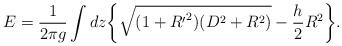
LaTeX: \begin{align*}E=\frac{1}{2\pi g}\int dz \bigg\{\sqrt{(1+{R^{\prime}}^2)(D^2+R^2)}-\frac{h}{2}R^2\bigg\}.\end{align*}